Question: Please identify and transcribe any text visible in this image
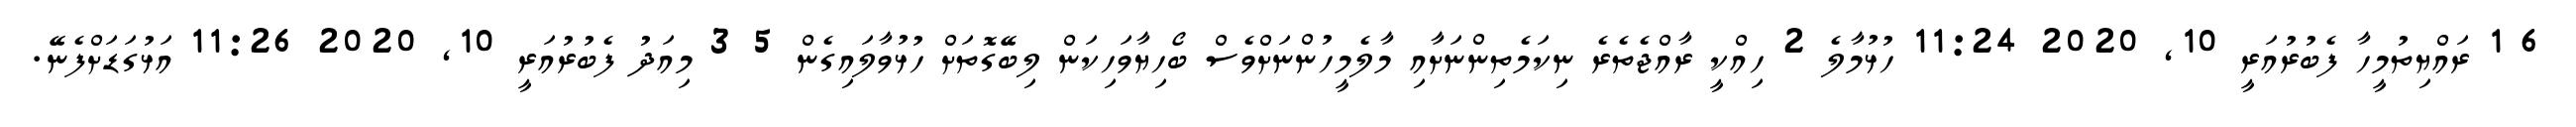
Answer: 6 1 ރައްޔިތުމީހާ ފެބުރުއަރީ 10, 2020 11:24 ހުޅުމާލެ 2 ހިއްކީ ރާއްޖެތެރެ ނިކަމެތިންނަށާއި މާލެމީހުންނަށްވެސް ބޯހިޔާވަހިކަން ލިބޭގޮތަށް ހުޅުވާލައިގެން 5 3 މިއަދު ފެބުރުއަރީ 10, 2020 11:26 އަޅުގަޑަށްފެނޭ.